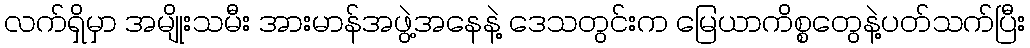
လက်ရှိမှာ အမျိုးသမီး အားမာန်အဖွဲ့အနေနဲ့ ဒေသတွင်းက မြေယာကိစ္စတွေနဲ့ပတ်သက်ပြီး